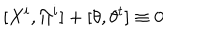
[ X ^ { i } , \Pi ^ { i } ] + [ \theta , \theta ^ { t } ] \equiv 0